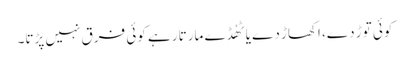
کوئی توڑ دے، اکھاڑ دے یا ٹھُڈے مارتا رہے کوئی فرق نہیں پڑتا۔